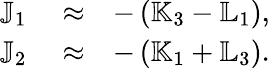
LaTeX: \begin{array}{rlr}{{\mathbb J}_{1}}&{{}\approx}&{-\left({\mathbb K}_{3}-{\mathbb L}_{1}\right),}\\ {{\mathbb J}_{2}}&{{}\approx}&{-\left({\mathbb K}_{1}+{\mathbb L}_{3}\right).}\end{array}